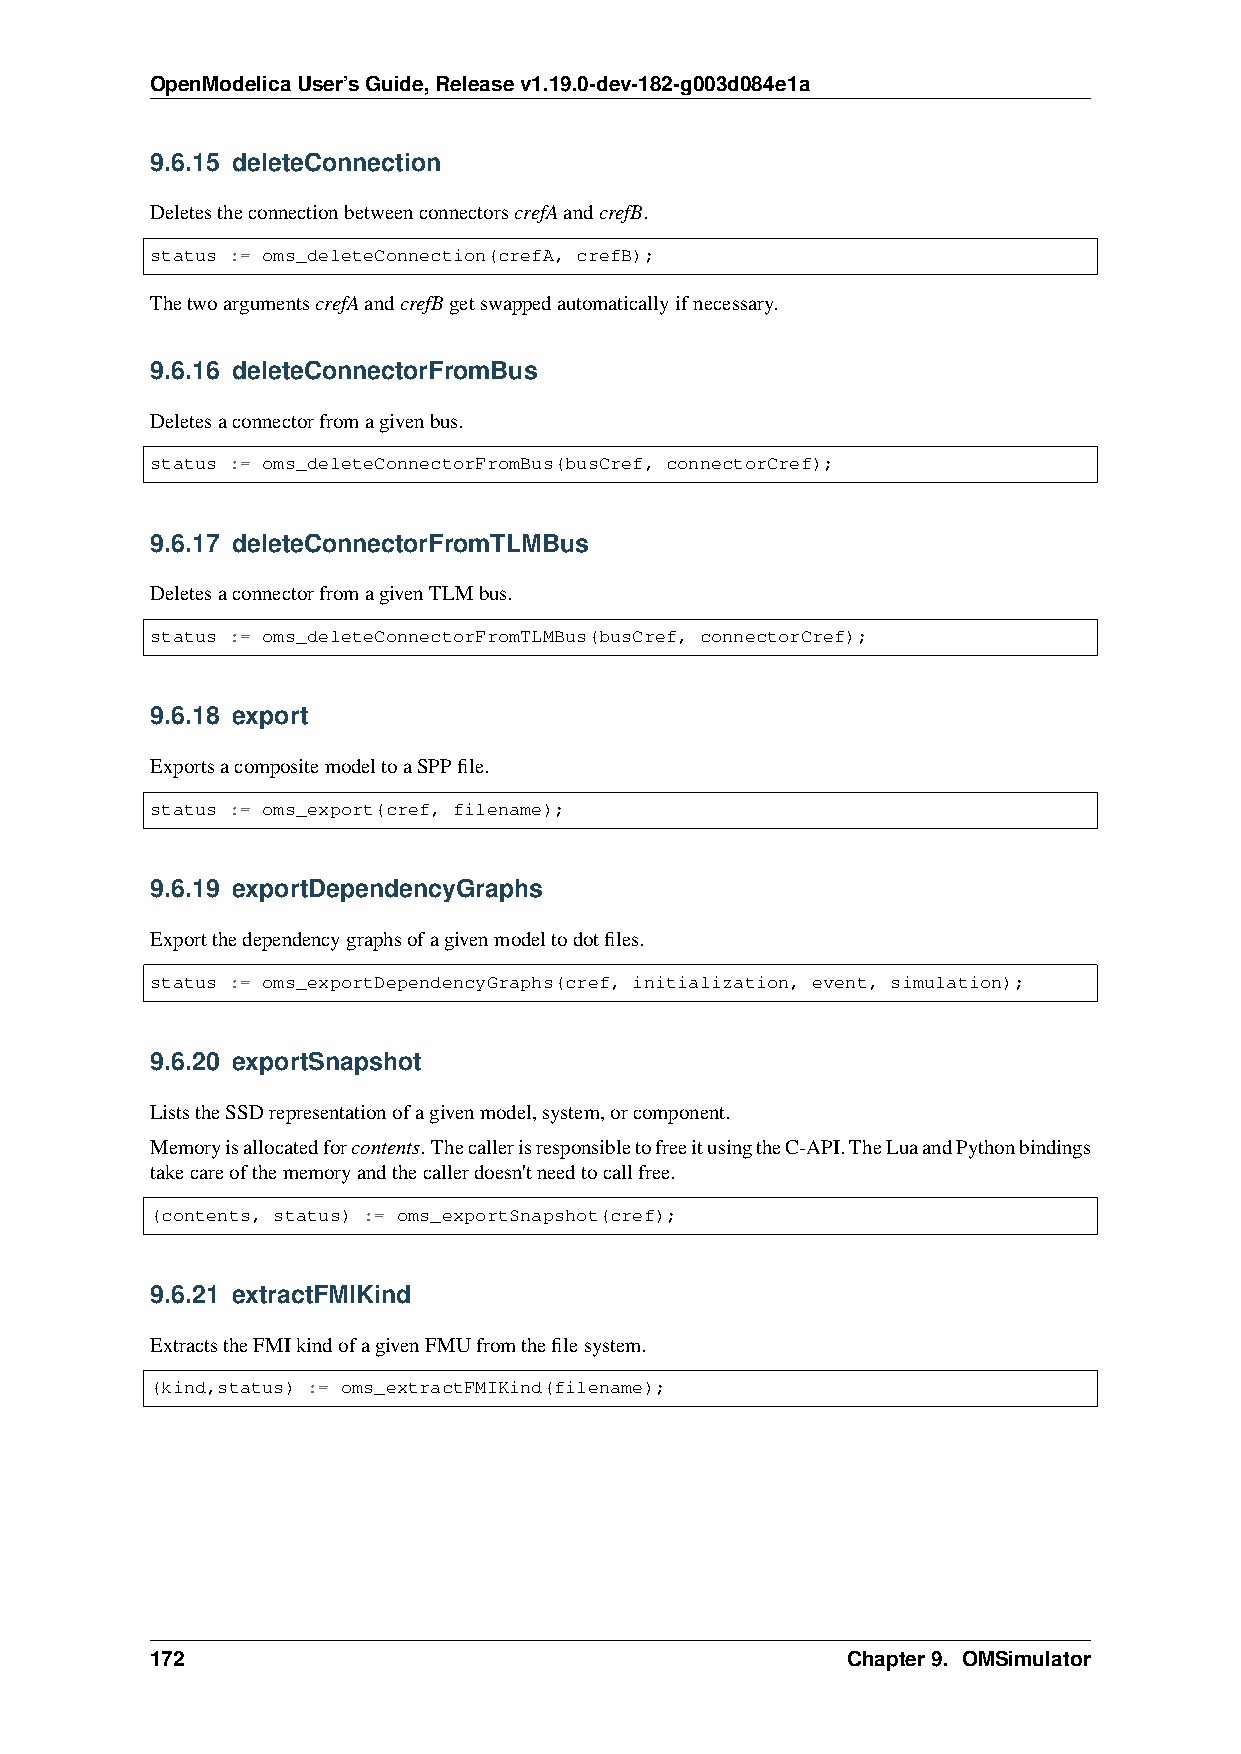
OpenModelicaUser’sGuide,Releasev1.19.0-dev-182-g003d084e1a
 9.6.15 deleteConnection
 DeletestheconnectionbetweenconnectorscrefAandcrefB.
 status := oms_deleteConnection(crefA, crefB);
 ThetwoargumentscrefAandcrefBgetswappedautomaticallyifnecessary.
 9.6.16 deleteConnectorFromBus
 Deletesaconnectorfromagivenbus.
 status := oms_deleteConnectorFromBus(busCref, connectorCref);
 9.6.17 deleteConnectorFromTLMBus
 DeletesaconnectorfromagivenTLMbus.
 status := oms_deleteConnectorFromTLMBus(busCref, connectorCref);
 9.6.18 export
 ExportsacompositemodeltoaSPPfile.
 status := oms_export(cref, filename);
 9.6.19 exportDependencyGraphs
 Exportthedependencygraphsofagivenmodeltodotfiles.
 status := oms_exportDependencyGraphs(cref, initialization, event, simulation);
 9.6.20 exportSnapshot
 ListstheSSDrepresentationofagivenmodel,system,orcomponent.
 Memoryisallocatedforcontents.ThecallerisresponsibletofreeitusingtheC-API.TheLuaandPythonbindings
 takecareofthememoryandthecallerdoesn'tneedtocallfree.
 (contents, status) := oms_exportSnapshot(cref);
 9.6.21 extractFMIKind
 ExtractstheFMIkindofagivenFMUfromthefilesystem.
 (kind,status) := oms_extractFMIKind(filename);
 172                                           Chapter9. OMSimulator